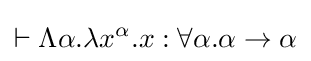
\vdash \Lambda \alpha .\lambda x^{\alpha }.x:\forall \alpha .\alpha \to \alpha